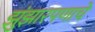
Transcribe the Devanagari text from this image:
झुंझारपणाचे